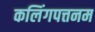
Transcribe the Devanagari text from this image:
कलिंगपत्तनम